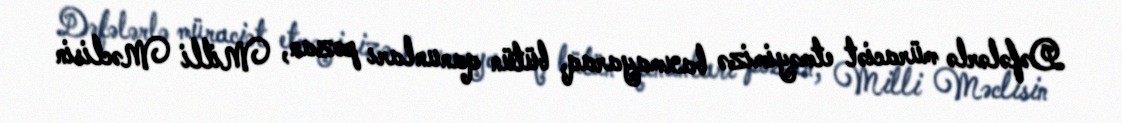
Dəfələrlə müraciət etməyimizə baxmayaraq, bütün qanunları pozan, Milli Məclisin